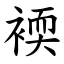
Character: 䙇